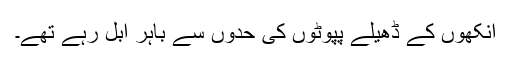
آنکھوں کے ڈھیلے پپوٹوں کی حدوں سے باہر اْبل رہے تھے۔